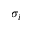
\sigma _ { i }